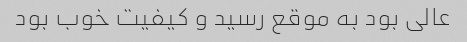
عالی بود به موقع رسید و کیفیت خوب بود